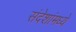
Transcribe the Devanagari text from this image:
संदेशांमध्ये